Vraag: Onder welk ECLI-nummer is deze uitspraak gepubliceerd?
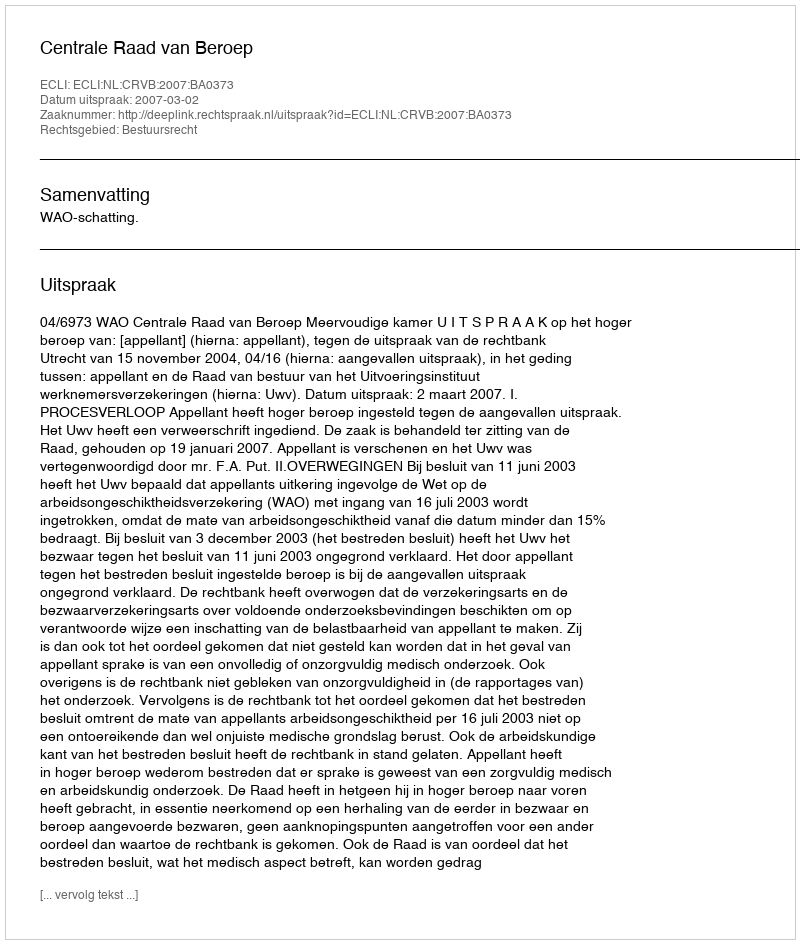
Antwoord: ECLI:NL:CRVB:2007:BA0373